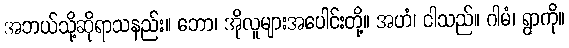
အဘယ်သို့ဆိုရာသနည်း။ ဘော၊ အိုလူများအပေါင်းတို့။ အဟံ၊ ငါသည်။ ဂါမံ၊ ရွာကို။